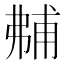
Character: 𰐝